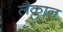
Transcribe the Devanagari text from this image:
लैक्लान